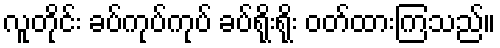
လူတိုင်း ခပ်ကုပ်ကုပ် ခပ်ရိုးရိုး ဝတ်ထားကြသည်။